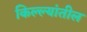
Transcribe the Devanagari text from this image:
किल्ल्यांतील